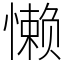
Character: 懒